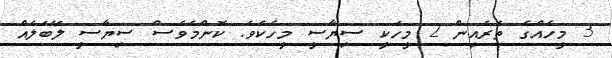
3 މީހެއްގެ ތެރެއިން 2 މީހަކީ ސިޔާސީ މީހެކެވެ. ކޮންމެވެސް ސިޔާސީ ލޭބަލެއް